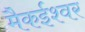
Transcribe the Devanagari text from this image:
मैकईश्वर